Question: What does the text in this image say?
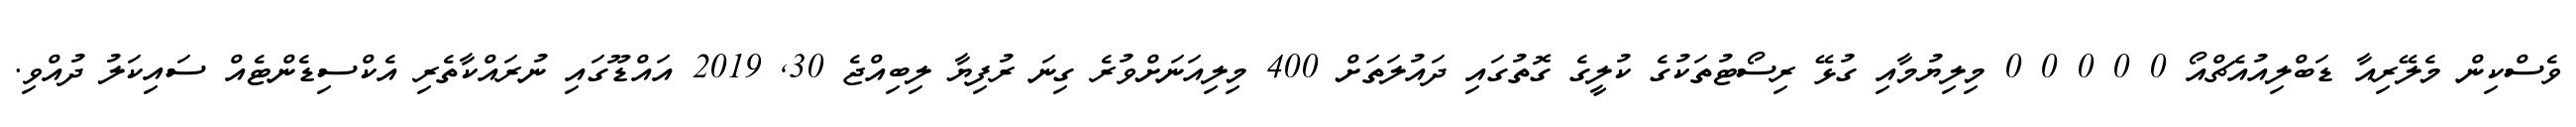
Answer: ވެސްކިން މެލޭރިއާ ޑަބްލިއުއެޗްއޯ 0 0 0 0 0 މިލިޔުމާއި ގުޅޭ ރިސޯޓުތަކުގެ ކުލީގެ ގޮތުގައި ދައުލަތަށް 400 މިލިއަނަށްވުރެ ގިނަ ރުފިޔާ ލިބިއްޖެ 30, 2019 އައްޑޫގައި ނުރައްކާތެރި އެކްސިޑެންޓެއް ސައިކަލު ދުއްވި.